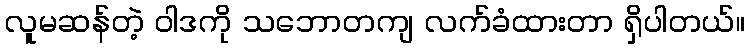
လူမဆန်တဲ့ ဝါဒကို သဘောတကျ လက်ခံထားတာ ရှိပါတယ်။